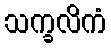
သက္ခလိကံ